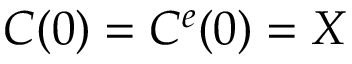
C ( 0 ) = C ^ { e } { ( 0 ) = X }